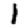
Digit: 1